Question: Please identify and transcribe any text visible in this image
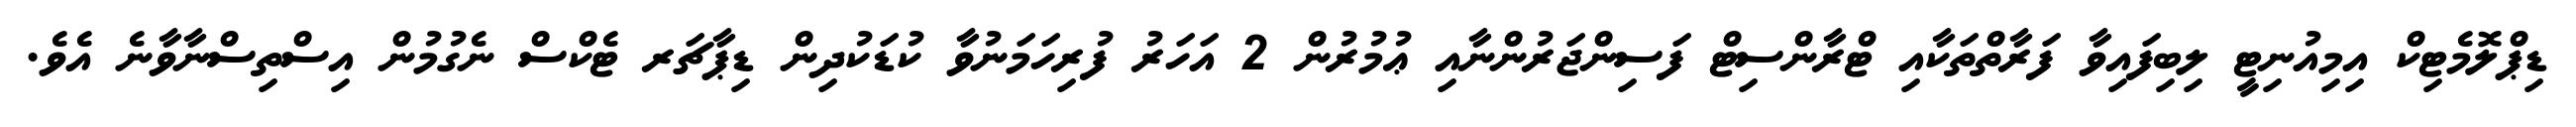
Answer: ޑިޕްލޮމެޓިކް އިމިއުނިޓީ ލިބިފައިވާ ފަރާތްތަކާއި ޓްރާންސިޓް ފަސިންޖަރުންނާއި ޢުމުރުން 2 އަހަރު ފުރިހަމަނުވާ ކުޑަކުދިން ޑިޕާޗަރ ޓެކްސް ނެގުމުން އިސްތިސްނާވާނެ އެވެ.